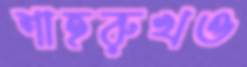
শাহরুখও